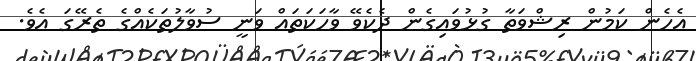
އެހެން ކަމުން ރިޝްވަތާ ގުޅުވައިގެން ދެކެވޭ ވާހަކަތައް ވަނީ ސުވާލުތަކެއްގެ ތެރޭގަ އެވެ.